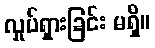
လှုပ်ရှားခြင်း မရှိ။